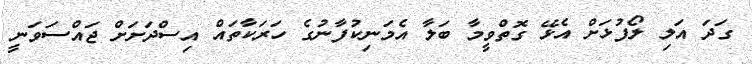
ގަދަ އަލި ލޯފުޅަށް އެޅޭ ގޮތްވީމާ ބަލާ އެމަނިކުފާނުގެ ހަރަކާތައް އިސްދަށަށް ޖައްސަވަނީ